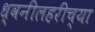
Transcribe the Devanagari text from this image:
ध्वनीलहरींच्या